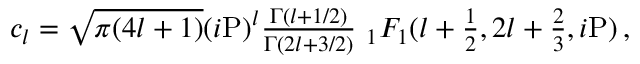
\begin{array} { r } { c _ { l } = \sqrt { \pi ( 4 l + 1 ) } ( i \mathrm { P } ) ^ { l } \frac { \Gamma ( l + 1 / 2 ) } { \Gamma ( 2 l + 3 / 2 ) } \mathrm { ~ } _ { 1 } F _ { 1 } ( l + \frac { 1 } { 2 } , 2 l + \frac { 2 } { 3 } , i \mathrm { P } ) \, , } \end{array}